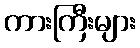
ကားကြီးများ